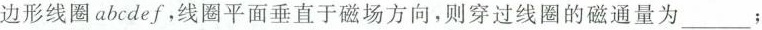
边形线圈abcdef，线圈平面垂直于磁场方向，则穿过线圈的磁通量为___；